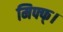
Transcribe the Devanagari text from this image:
मिफ्फ्।